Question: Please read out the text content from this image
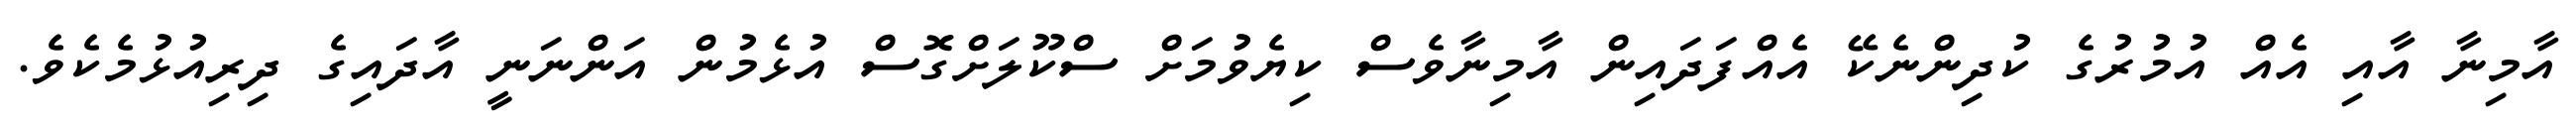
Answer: އާމިނާ އާއި އެއް އުމުރުގެ ކުދިންނެކޭ އެއްފަދައިން އާމިނާވެސް ކިޔެވުމަށް ސްކޫލަށްގޮސް އުޅެމުން އަންނަނީ އާދައިގެ ދިރިއުޅުމެކެވެ.